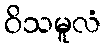
ဝိသမူလံ